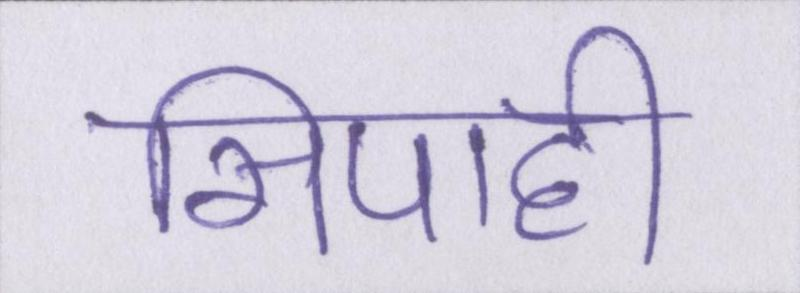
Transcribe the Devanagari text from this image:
सिपाही